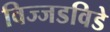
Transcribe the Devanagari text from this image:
विज्जडविडे